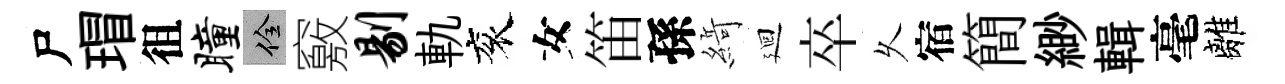
尸瑁徂瞳佺竅剔軌衮女笛孫𦂶廻卒乆宿簡緲輯毫離